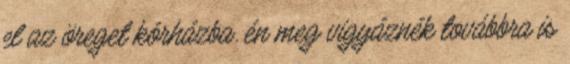
el az öreget kórházba. én meg vigyáznék továbbra is